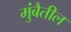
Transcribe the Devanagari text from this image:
मुंबैतील